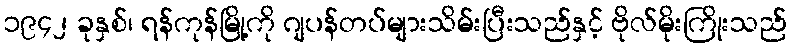
၁၉၄၂ ခုနှစ်၊ ရန်ကုန်မြို့ကို ဂျပန်တပ်များသိမ်းပြီးသည်နှင့် ဗိုလ်မိုးကြိုးသည်